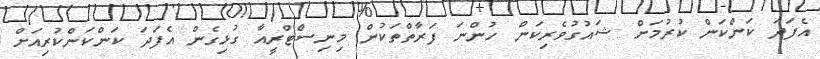
އެފަދަ ކަންކަން ކުރުމަށް ޝައުގުވެރިކަން ހުންނަ ފަރާތްތަކުން މިނިސްޓްރީއާ ގުޅިގެން އެފަދަ ކަންކަންކުރިއަށް